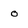
Character: o